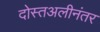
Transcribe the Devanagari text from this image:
दोस्तअलीनंतर